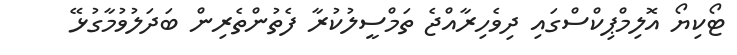
ޓޯކިޔޯ އޮލިމްޕިކްސްގައި ދިވެހިރާއްޖެ ތަމްސީލުކުރާ ފެތުންތެރިން ބަދަލުވުމާގުޅޭ